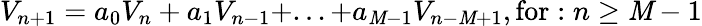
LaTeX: V_{n+1}=a_{0}V_{n}+a_{1}V_{n-1}+...+a_{\mathit{M}-1}V_{n-\mathit{M}+1},\mathrm{{for}}:n\geq\mathit{M}-1